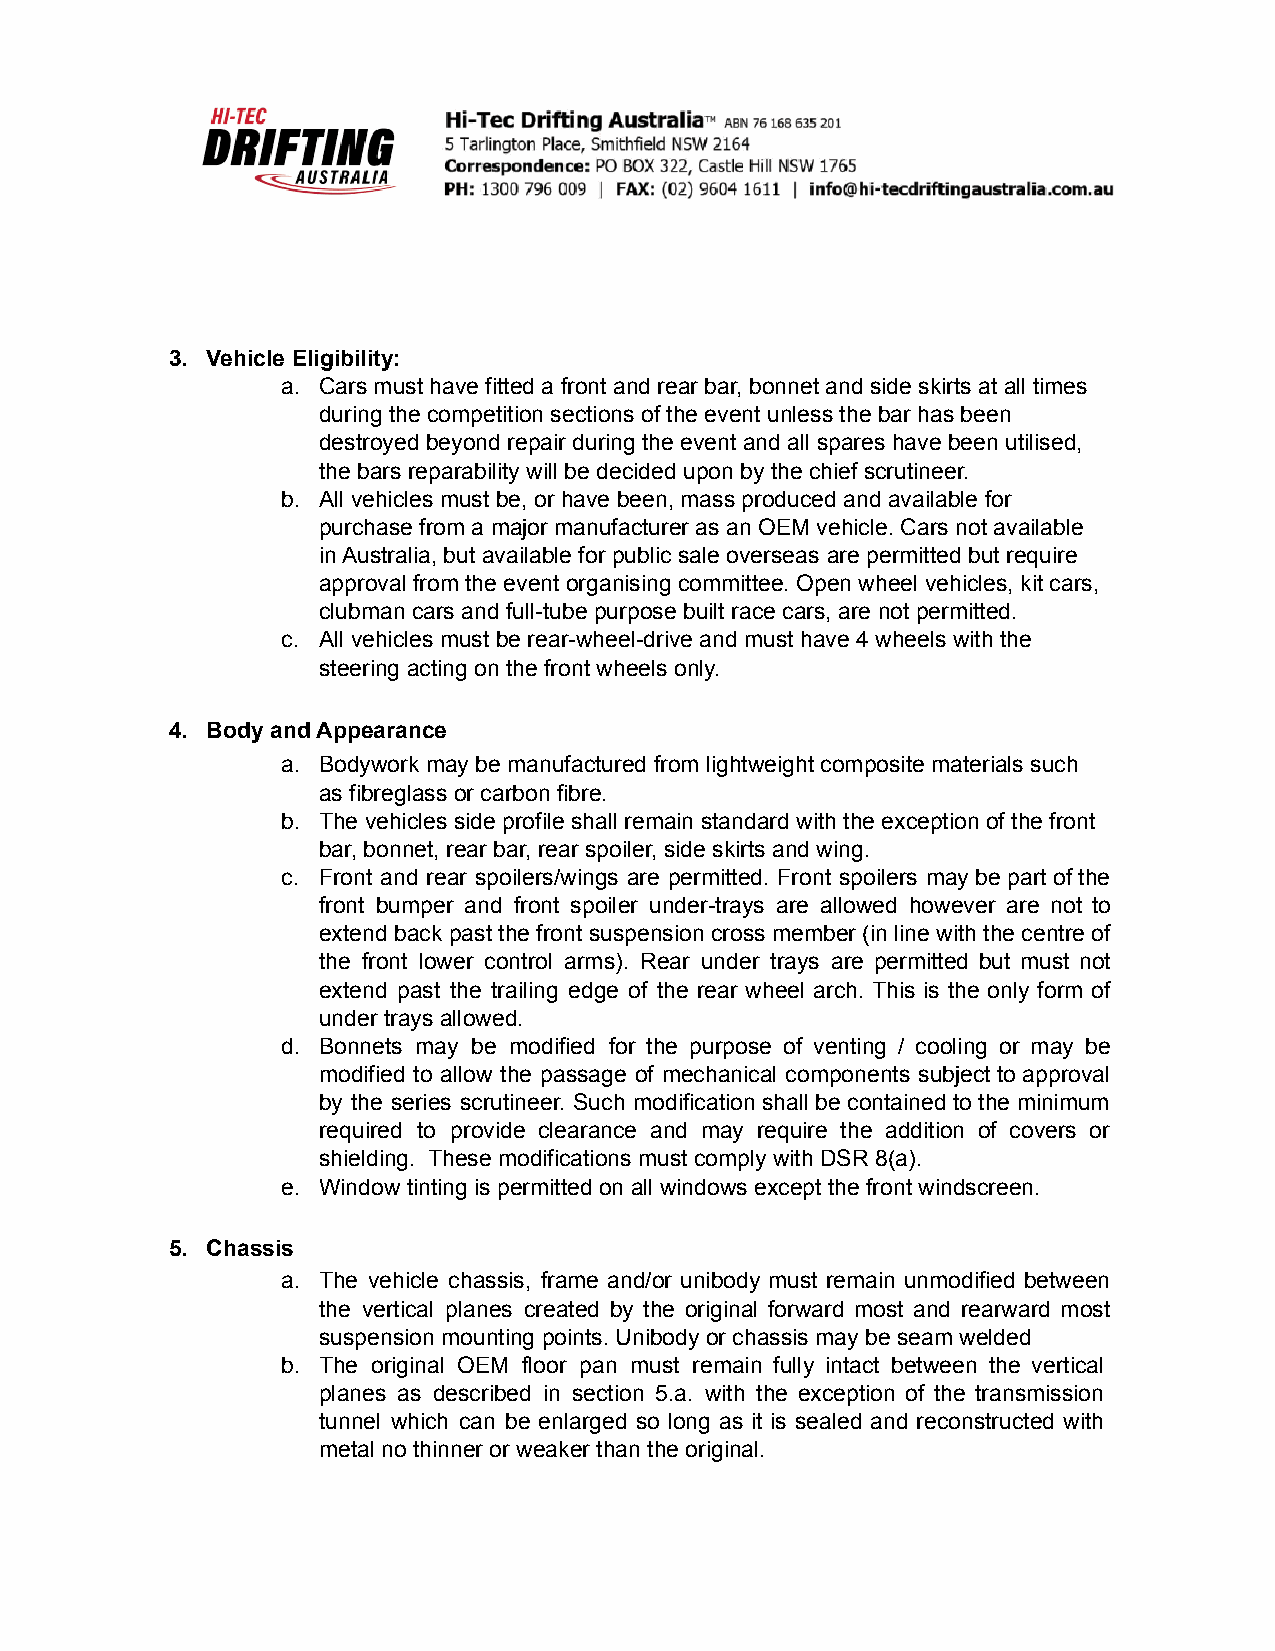
3. Vehicle Eligibility:
 a. Cars must have fitted a front and rear bar, bonnet and side skirts at all times
 during the competition sections of the event unless the bar has been
 destroyed beyond repair during the event and all spares have been utilised,
 the bars reparability will be decided upon by the chief scrutineer.
 b. All vehicles must be, or have been, mass produced and available for
 purchase from a major manufacturer as an OEM vehicle. Cars not available
 in Australia, but available for public sale overseas are permitted but require
 approval from the event organising committee. Open wheel vehicles, kit cars,
 clubman cars and full-tube purpose built race cars, are not permitted.
 c. All vehicles must be rear-wheel-drive and must have 4 wheels with the
 steering acting on the front wheels only.
 4. Body and Appearance
 a. Bodywork may be manufactured from lightweight composite materials such
 as fibreglass or carbon fibre.
 b. The vehicles side profile shall remain standard with the exception of the front
 bar, bonnet, rear bar, rear spoiler, side skirts and wing.
 c. Front and rear spoilers/wings are permitted. Front spoilers may be part of the
 front bumper and front spoiler under-trays are allowed however are not to
 extend back past the front suspension cross member (in line with the centre of
 the front lower control arms). Rear under trays are permitted but must not
 extend past the trailing edge of the rear wheel arch. This is the only form of
 under trays allowed.
 d. Bonnets may be modified for the purpose of venting / cooling or may be
 modified to allow the passage of mechanical components subject to approval
 by the series scrutineer. Such modification shall be contained to the minimum
 required to provide clearance and may require the addition of covers or
 shielding. These modifications must comply with DSR 8(a).
 e. Window tinting is permitted on all windows except the front windscreen.
 5. Chassis
 a. The vehicle chassis, frame and/or unibody must remain unmodified between
 the vertical planes created by the original forward most and rearward most
 suspension mounting points. Unibody or chassis may be seam welded
 b. The original OEM floor pan must remain fully intact between the vertical
 planes as described in section 5.a. with the exception of the transmission
 tunnel which can be enlarged so long as it is sealed and reconstructed with
 metal no thinner or weaker than the original.